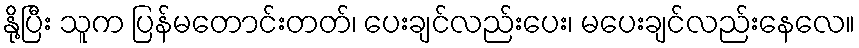
နို့ပြီး သူက ပြန်မတောင်းတတ်၊ ပေးချင်လည်းပေး၊ မပေးချင်လည်းနေလေ။